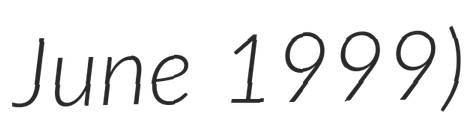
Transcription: June 1999)